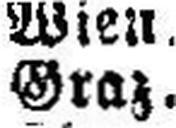
Graz